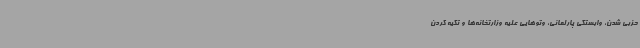
حزبی شدن، وابستگی پارلمانی، وتوهایی علیه وزارتخانه‌ها و تکیه کردن